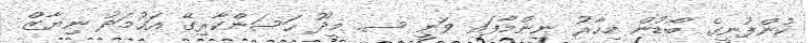
ކުންފުނީގެ ބޯޑުން މިހާރު ނިންމާފައި ވަނީ ސ. މީދޫ ހަސަންކާރިގޭ އަހުމަދު ނިޔާޒް